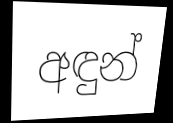
අඳුන්